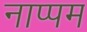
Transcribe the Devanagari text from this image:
नाप्पम